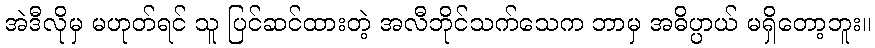
အဲဒီလိုမှ မဟုတ်ရင် သူ ပြင်ဆင်ထားတဲ့ အလီဘိုင်သက်သေက ဘာမှ အဓိပ္ပာယ် မရှိတော့ဘူး။